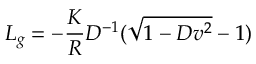
L _ { g } = - { \frac { K } { R } } D ^ { - 1 } ( \sqrt { 1 - D v ^ { 2 } } - 1 )